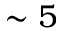
\sim 5